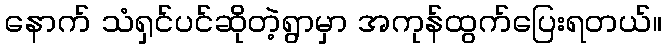
နောက် သံရှင်ပင်ဆိုတဲ့ရွာမှာ အကုန်ထွက်ပြေးရတယ်။